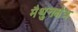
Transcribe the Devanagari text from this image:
मैथुनक्षेत्र